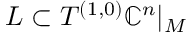
L \subset T ^ { ( 1 , 0 ) } \mathbb { C } ^ { n } | _ { M }